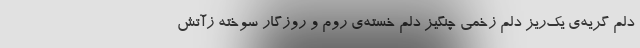
دلم گریه‌ی یک‌ریز دلم زخمی چنگیز دلم خسته‌ی روم و روزگار سوخته زآتش